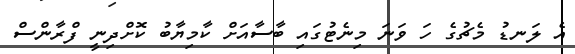
އެ ލަނޑު މެޗުގެ ހަ ވަނަ މިނެޓުގައި ބާސާއަށް ކާމިޔާބު ކޮށްދިނީ ފްރާންސް